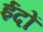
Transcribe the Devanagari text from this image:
ईदों